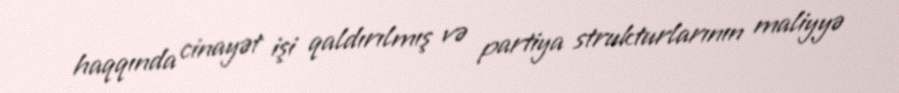
haqqında cinayət işi qaldırılmış və partiya strukturlarının maliyyə